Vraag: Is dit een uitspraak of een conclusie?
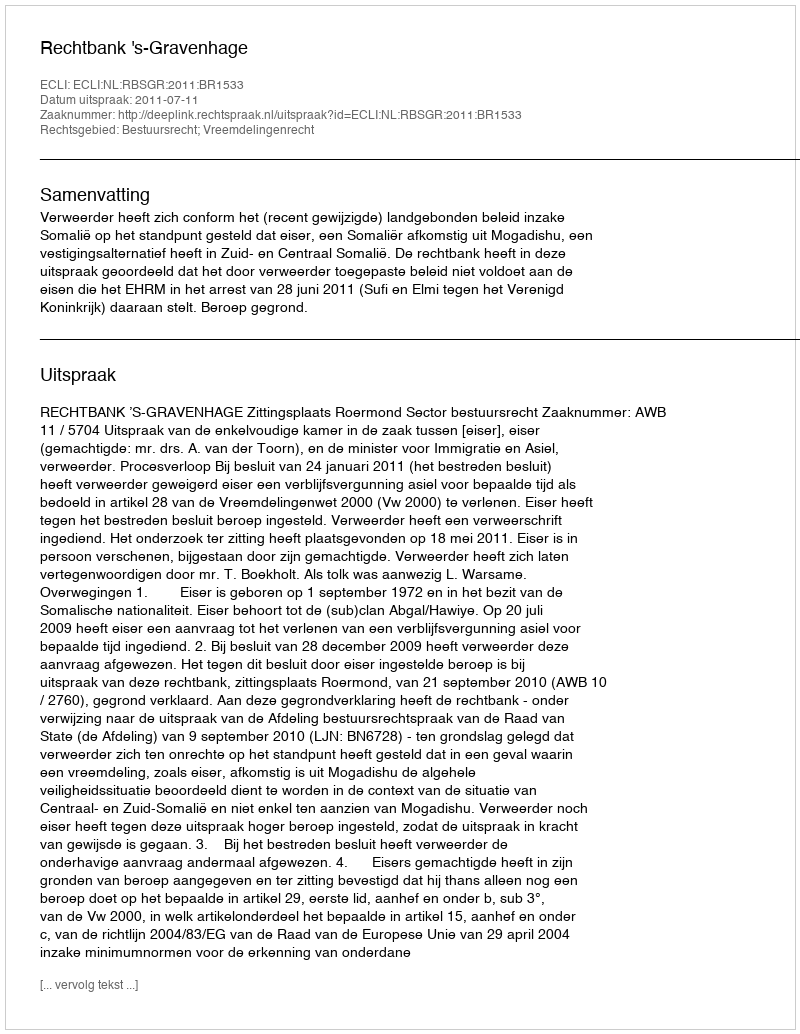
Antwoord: Uitspraak